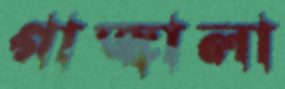
গাজ্বালা